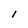
Character: 1